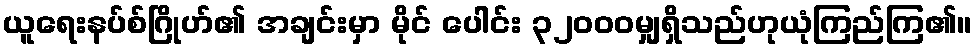
ယူရေးနပ်စ်ဂြိုဟ်၏ အချင်းမှာ မိုင် ပေါင်း ၃၂၀၀၀မျှရှိသည်ဟုယုံကြည်ကြ၏။